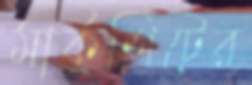
মার্কশিটের